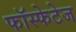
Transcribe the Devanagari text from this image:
फॉस्फेटेज